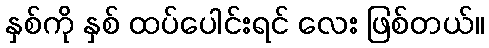
နှစ်ကို နှစ် ထပ်ပေါင်းရင် လေး ဖြစ်တယ်။